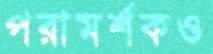
পরামর্শকও